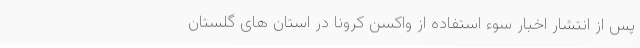
پس از انتشار اخبار سوء استفاده از واکسن کرونا در استان های گلستان